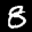
Label: 8